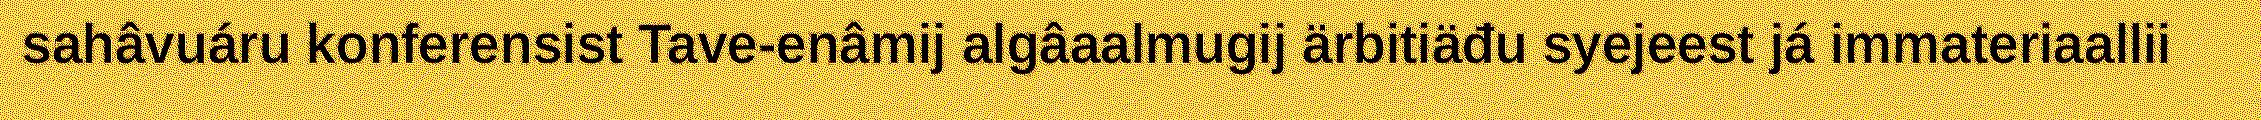
sahâvuáru konferensist Tave-enâmij algâaalmugij ärbitiäđu syejeest já immateriaallii